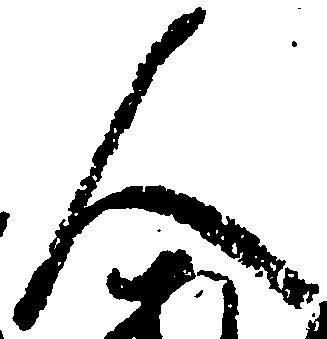
人